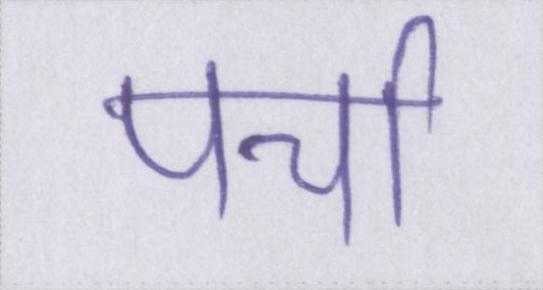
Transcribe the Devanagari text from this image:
पर्चा